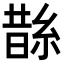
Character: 𦁬